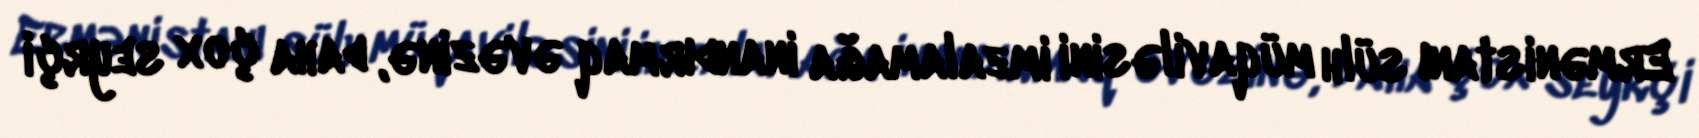
Ermənistanı sülh müqaviləsini imzalamağa inandırmaq əvəzinə, daha çox seyrçi